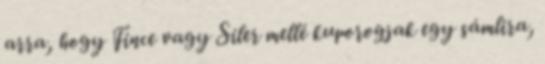
arra, hogy Fince vagy Siler mellé kuporogjak egy sámlira,